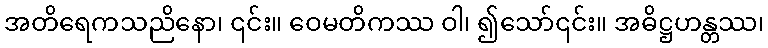
အတိရေကသညိနော၊ ၎င်း။ ဝေမတိကဿ ဝါ၊ ၍သော်၎င်း။ အဓိဋ္ဌဟန္တဿ၊